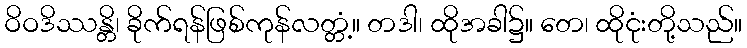
ဝိဝဒိဿန္တိ၊ ခိုက်ရန်ဖြစ်ကုန်လတ္တံ့။ တဒါ၊ ထိုအခါ၌။ တေ၊ ထိုငုံးတို့သည်။